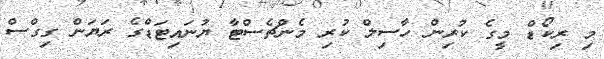
މި ރިކޯޑް މީގެ ކުރިން ހާސިލް ކުރި މެންޗެސްޓާ ޔުނައިޓަޑްގެ ރަޔަން ގިގްސް